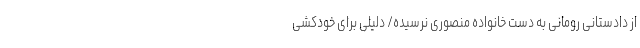
از دادستانی رومانی به دست خانواده منصوری نرسیده/ دلیلی برای خودکشی